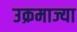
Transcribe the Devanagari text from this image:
उक्रमाज्या